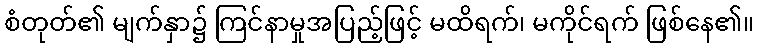
စံတုတ်၏ မျက်နှာ၌ ကြင်နာမှုအပြည့်ဖြင့် မထိရက်၊ မကိုင်ရက် ဖြစ်နေ၏။